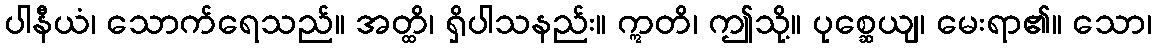
ပါနီယံ၊ သောက်ရေသည်။ အတ္ထိ၊ ရှိပါသနည်း။ ဣတိ၊ ဤသို့။ ပုစ္ဆေယျ၊ မေးရာ၏။ သော၊